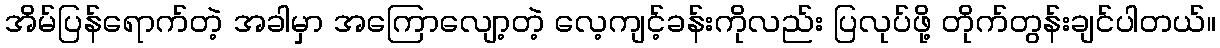
အိမ်ပြန်ရောက်တဲ့ အခါမှာ အကြောလျော့တဲ့ လေ့ကျင့်ခန်းကိုလည်း ပြလုပ်ဖို့ တိုက်တွန်းချင်ပါတယ်။